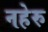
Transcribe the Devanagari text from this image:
नहेरु